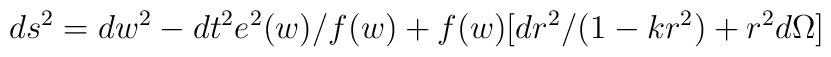
ds^2=dw^2-dt^2e^2(w)/f(w)+f(w)[dr^2/(1-kr^2)+r^2d\Omega]